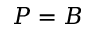
P = B